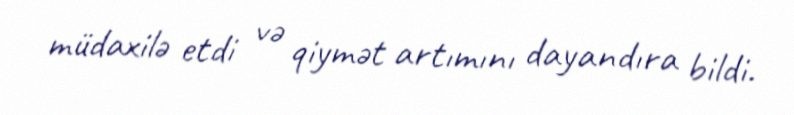
müdaxilə etdi və qiymət artımını dayandıra bildi.